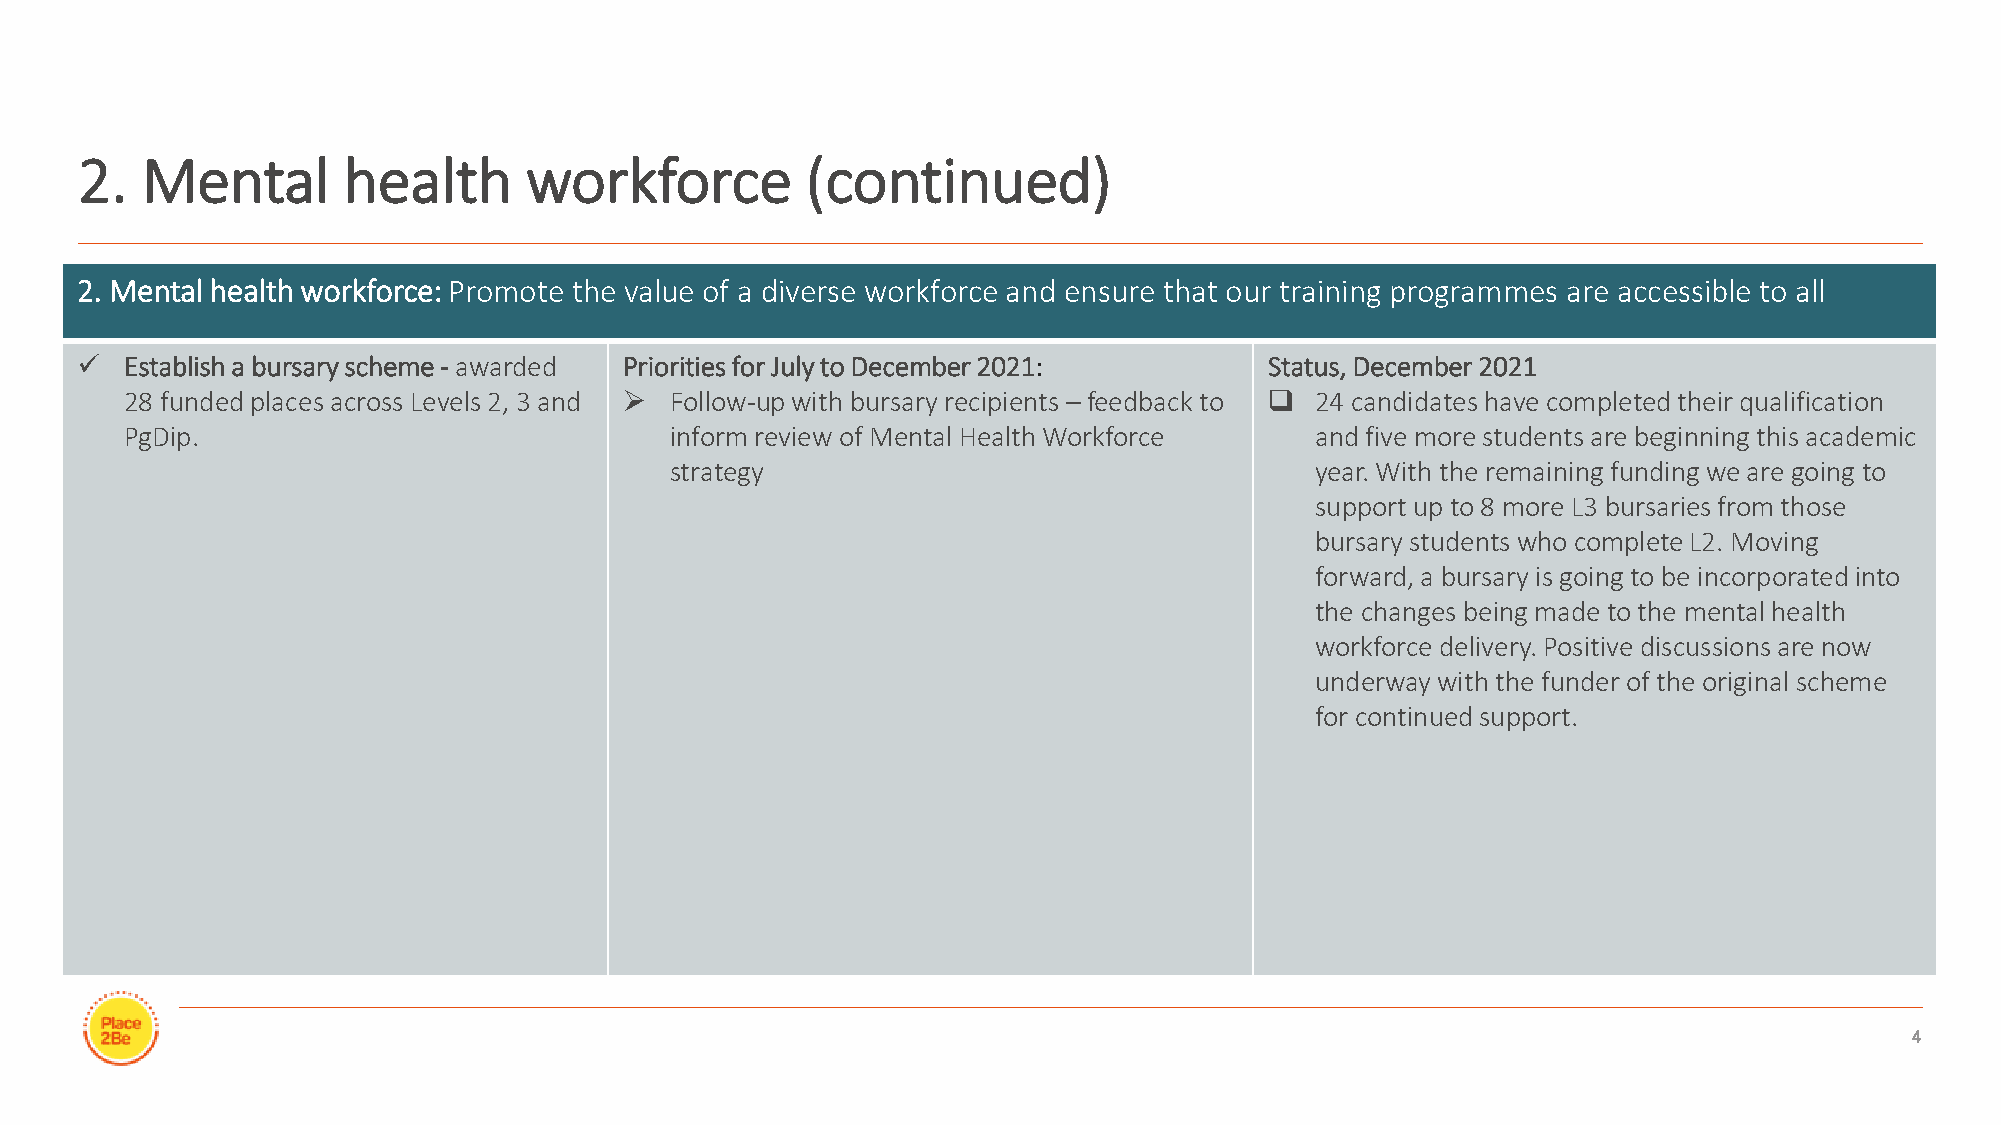
2.  Mental        health      workforce         (continued)
 2. Mental health workforce: Promote the value of a diverse workforce and ensure that our training programmes are accessible to all
 ✓  Establish a bursary scheme - awarded Priorities for July to December 2021:  Status, December 2021
 28 funded places across Levels 2, 3 and ➢ Follow-up with bursary recipients – feedback to ❑ 24 candidates have completed their qualification
 PgDip.                              inform review of Mental Health Workforce   and five more students are beginning this academic
 strategy                                   year. With the remaining funding we are going to
 support up to 8 more L3 bursaries from those
 bursary students who complete L2. Moving
 forward, a bursary is going to be incorporated into
 the changes being made to the mental health
 workforce delivery. Positive discussions are now
 underway with the funder of the original scheme
 for continued support.
 4